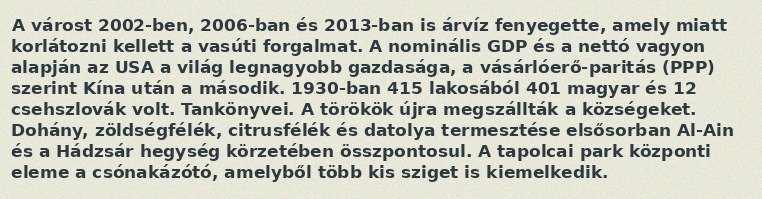
A várost 2002-ben, 2006-ban és 2013-ban is árvíz fenyegette, amely miatt korlátozni kellett a vasúti forgalmat. A nominális GDP és a nettó vagyon alapján az USA a világ legnagyobb gazdasága, a vásárlóerő-paritás (PPP) szerint Kína után a második. 1930-ban 415 lakosából 401 magyar és 12 csehszlovák volt. Tankönyvei. A törökök újra megszállták a községeket. Dohány, zöldségfélék, citrusfélék és datolya termesztése elsősorban Al-Ain és a Hádzsár hegység körzetében összpontosul. A tapolcai park központi eleme a csónakázótó, amelyből több kis sziget is kiemelkedik.